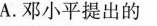
A.邓小平提出的